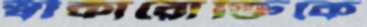
স্বীকারোক্তিকে